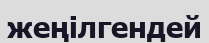
жеңілгендей